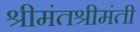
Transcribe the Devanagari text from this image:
श्रीमंतश्रीमंती